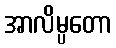
အာလိမ္ပတော